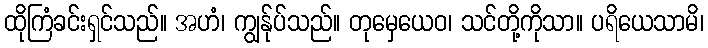
ထိုကြံခင်းရှင်သည်။ အဟံ၊ ကျွန်ုပ်သည်။ တုမှေယေဝ၊ သင်တို့ကိုသာ။ ပရိယေသာမိ၊